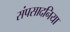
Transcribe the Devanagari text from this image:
संपसादनिया